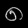
Digit: ၈